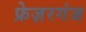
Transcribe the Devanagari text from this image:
फ्रेज़रगंज